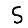
Digit: 5